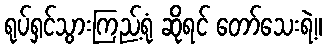
ရုပ်ရှင်သွားကြည့်ရုံ ဆိုရင် တော်သေးရဲ့။